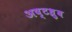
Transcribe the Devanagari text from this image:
अष्टध्रुव